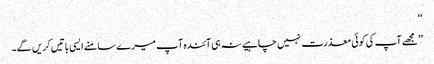
‘‘
’’مجھے آپ کی کوئی معذرت نہیں چاہیے نہ ہی آئندہ آپ میرے سامنے ایسی باتیں کریں گے۔